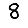
Digit: 8